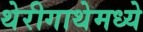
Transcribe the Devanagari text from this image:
थेरीगाथेमध्ये